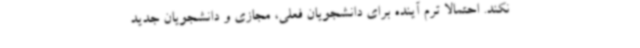
نکند. احتمالا ترم آینده برای دانشجویان فعلی، مجازی و دانشجویان جدید